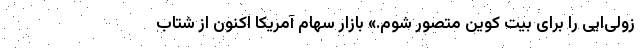
زولی‌ایی را برای بیت کوین متصور شوم.» بازار سهام آمریکا اکنون از شتاب